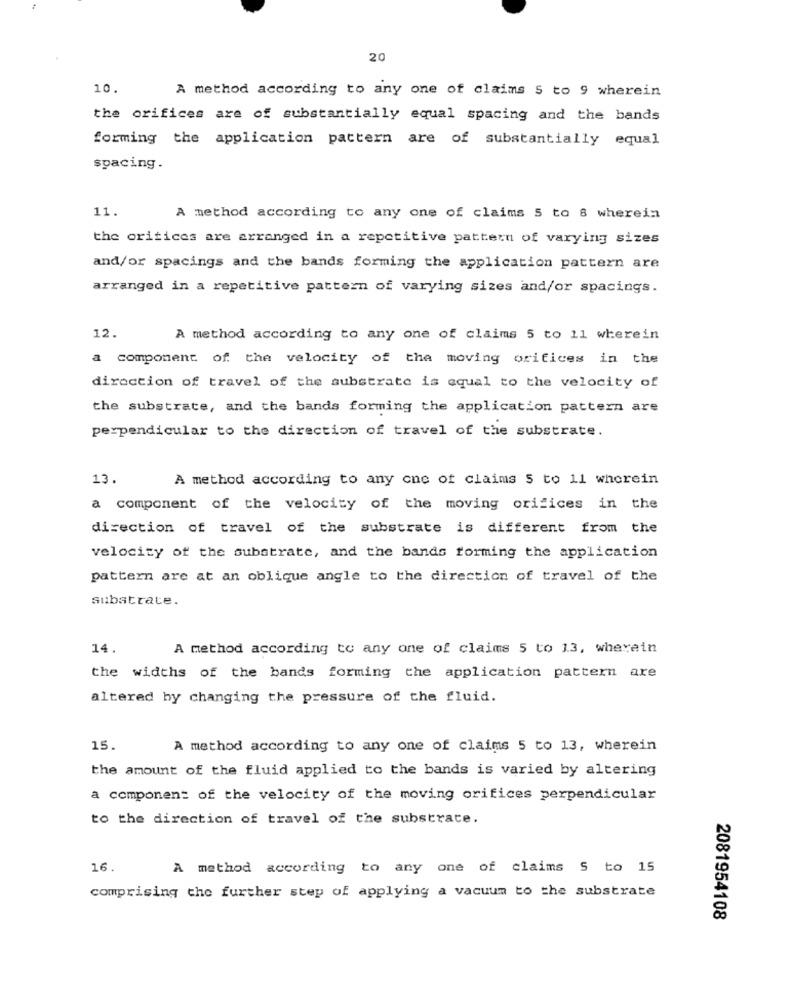
20
10.
A method according to any one of claims S to 9 wherein
the orifices are of substantially equal spacing and the bands
forming the application pattern are of substantially equal
spacing.
11.
A method according to any one of claims 5 to 8 wherein
the orifices are arranged in a repetitive pattern of varying sizes
and/or spacings and the bands forming the application pattern are
arranged in a repetitive pattern of varying sizes and/or spacings.
12.
A method according to any one of claims 5 to 11 wherein
a component of the velocity of the moving orifices in the
direction of travel of the substrate is equal to the velocity of
the substrate, and the bands forming the application pattern are
perpendicular to the direction of travel of the substrate.
13.
A method according to any one of claims 5 to 11 wherein
a component of the velocity of the moving orifices in the
direction of travel of the substrate is different from the
velocity of the substrate, and the bands forming the application
pattern are at an oblique angle to the direction of travel of the
Substrate.
14.
A method according to any one of claims 5 to 1.3, wherein
the widths of the bands forming the application pattern are
altered by changing the pressure of the fluid.
15.
A method according to any one of claims 5 to 13, wherein
the amount of the fluid applied to the bands is varied by altering
a component of the velocity of the moving orifices perpendicular
to the direction of travel of the substrate.
16.
A method according to any one of claims S to 15
comprising the further step of applying a vacuum to the substrate
2081954108